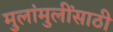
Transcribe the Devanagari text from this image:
मुलांमुलींसाठी